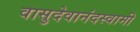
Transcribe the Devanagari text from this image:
वासुदेवानंदस्वामी